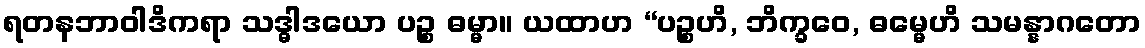
ရတနဘာဝါဒိကရာ သဒ္ဓါဒယော ပဉ္စ ဓမ္မာ။ ယထာဟ “ပဉ္စဟိ, ဘိက္ခဝေ, ဓမ္မေဟိ သမန္နာဂတော